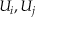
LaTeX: U _ { i } , U _ { j }